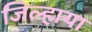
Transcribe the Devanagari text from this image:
जिल्हाया